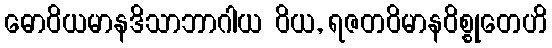
ဓောဝိယမာနဒိသာဘာဂါယ ဝိယ, ရဇတဝိမာနဝိစ္စုတေဟိ